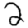
Digit: 2